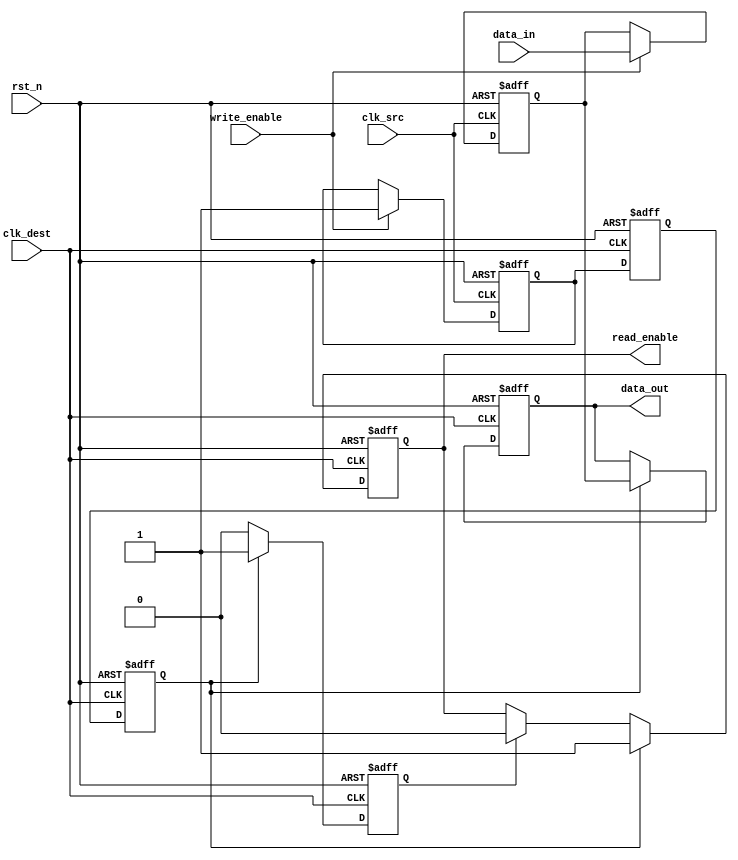
module handshake_synchronizer (
    input wire clk_src,          // Source clock
    input wire clk_dest,         // Destination clock
    input wire rst_n,            // Asynchronous reset (active low)
    input wire [7:0] data_in,    // Data input from source clock domain
    input wire write_enable,      // Write enable signal
    output reg [7:0] data_out,    // Synchronized data output to destination clock domain
    output reg read_enable        // Read enable signal
);

    // Internal signals
    reg [7:0] data_latched;       // Latch for data
    reg data_ready;               // Data ready signal
    reg ack;                      // Acknowledge signal from destination domain
    reg data_ready_sync_1;        // First stage of synchronization for data_ready
    reg data_ready_sync_2;        // Second stage of synchronization for data_ready
    reg ack_sync_1;               // First stage of synchronization for ack
    reg ack_sync_2;               // Second stage of synchronization for ack

    // Capture data on the rising edge of clk_src
    always @(posedge clk_src or negedge rst_n) begin
        if (!rst_n) begin
            data_latched <= 8'b0;
            data_ready <= 1'b0;
        end else if (write_enable) begin
            data_latched <= data_in; // Latch the data
            data_ready <= 1'b1;       // Indicate that data is ready
        end
    end

    // Synchronize data_ready to clk_dest
    always @(posedge clk_dest or negedge rst_n) begin
        if (!rst_n) begin
            data_ready_sync_1 <= 1'b0;
            data_ready_sync_2 <= 1'b0;
        end else begin
            data_ready_sync_1 <= data_ready; // First stage
            data_ready_sync_2 <= data_ready_sync_1; // Second stage
        end
    end

    // Handle data transfer and read_enable signal
    always @(posedge clk_dest or negedge rst_n) begin
        if (!rst_n) begin
            data_out <= 8'b0;
            read_enable <= 1'b0;
            ack <= 1'b0;
        end else if (data_ready_sync_2) begin
            data_out <= data_latched; // Transfer the latched data
            read_enable <= 1'b1;      // Indicate data is ready to be read
            ack <= 1'b1;              // Assert ack signal
        end else if (ack) begin
            read_enable <= 1'b0;      // Reset read_enable after reading
            ack <= 1'b0;              // Reset ack after data is read
        end
    end

    // Synchronize ack to clk_src
    always @(posedge clk_src or negedge rst_n) begin
        if (!rst_n) begin
            ack_sync_1 <= 1'b0;
            ack_sync_2 <= 1'b0;
        end else begin
            ack_sync_1 <= ack; // First stage
            ack_sync_2 <= ack_sync_1; // Second stage
        end
    end

endmodule